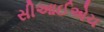
સીઆઈએચ